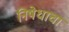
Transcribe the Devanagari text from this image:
निषेधाचा